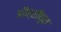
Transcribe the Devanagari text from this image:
आँक्सीकृत